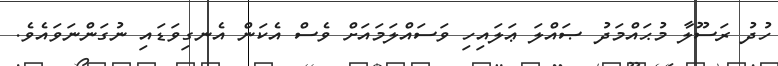
ހުދު ރަސޫލާ މުޙައްމަދު ޞައްލަ ޢަލައިހި ވަސައްލަމައަށް ވެސް އެކަން އެނގިވަޑައި ނުގަންނަވައެވެ.